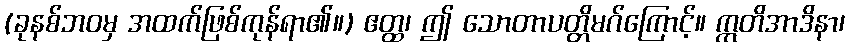
(ခုနစ်ဘဝမှ အထက်ဖြစ်ကုန်ရာ၏။) ဧတ္ထ၊ ဤ သောတာပတ္တိမဂ်ကြောင့်။ ဣတိအာဒိနာ၊